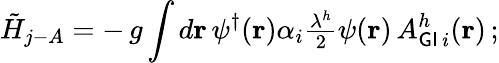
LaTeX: \tilde{H}_{j-A}=-\, g\int d{\mathbf r}\, {\psi^{\dagger}}({\mathbf r})\alpha_{i}{\textstyle\frac{\lambda^{h}}{2}}\psi({\mathbf r})\, A_{{\sf GI}\, i}^{h}({\mathbf r})\, ;